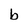
Character: b